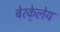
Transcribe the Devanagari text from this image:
बेरके्लेय